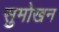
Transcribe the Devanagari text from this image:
सुमोखन